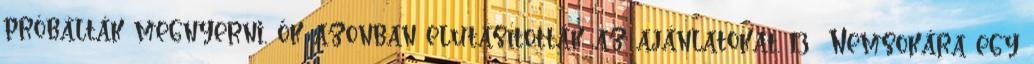
próbálták megnyerni, ők azonban elutasították az ajánlatokat. 13 Nemsokára egy